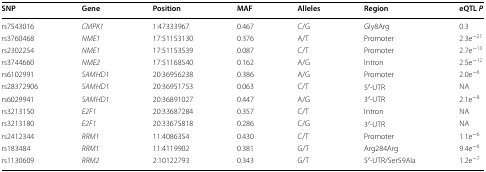
<table><thead><tr><td><b>SNP</b></td><td><b>Gene</b></td><td><b>Position</b></td><td><b>MAF</b></td><td><b>Alleles</b></td><td><b>Region</b></td><td><b>eQTL <i>P</i></b></td></tr></thead><tbody><tr><td>rs7543016</td><td><i>CMPK1</i></td><td>1:47333967</td><td>0.467</td><td>C/G</td><td>Gly8Arg</td><td>0.3</td></tr><tr><td>rs3760468</td><td><i>NME1</i></td><td>17:51153130</td><td>0.376</td><td>A/T</td><td>Promoter</td><td>2.3e<sup>−21</sup></td></tr><tr><td>rs2302254</td><td><i>NME1</i></td><td>17:51153539</td><td>0.087</td><td>C/T</td><td>Promoter</td><td>2.7e<sup>−13</sup></td></tr><tr><td>rs3744660</td><td><i>NME2</i></td><td>17:51168540</td><td>0.162</td><td>A/G</td><td>Intron</td><td>2.5e<sup>−12</sup></td></tr><tr><td>rs6102991</td><td><i>SAMHD1</i></td><td>20:36956238</td><td>0.386</td><td>A/G</td><td>Promoter</td><td>2.0e<sup>−6</sup></td></tr><tr><td>rs28372906</td><td><i>SAMHD1</i></td><td>20:36951753</td><td>0.063</td><td>C/T</td><td>5′-UTR</td><td>NA</td></tr><tr><td>rs6029941</td><td><i>SAMHD1</i></td><td>20:36891027</td><td>0.447</td><td>A/G</td><td>3′-UTR</td><td>2.1e<sup>−8</sup></td></tr><tr><td>rs3213150</td><td><i>E2F1</i></td><td>20:33687284</td><td>0.357</td><td>C/T</td><td>Intron</td><td>NA</td></tr><tr><td>rs3213180</td><td><i>E2F1</i></td><td>20:33675818</td><td>0.286</td><td>C/G</td><td>3′-UTR</td><td>NA</td></tr><tr><td>rs2412344</td><td><i>RRM1</i></td><td>11:4086354</td><td>0.430</td><td>C/T</td><td>Promoter</td><td>1.1e<sup>−6</sup></td></tr><tr><td>rs183484</td><td><i>RRM1</i></td><td>11:4119902</td><td>0.381</td><td>G/T</td><td>Arg284Arg</td><td>9.4e<sup>−6</sup></td></tr><tr><td>rs1130609</td><td><i>RRM2</i></td><td>2:10122793</td><td>0.343</td><td>G/T</td><td>5′-UTR/Ser59Ala</td><td>1.2e<sup>−7</sup></td></tr></tbody></table>